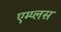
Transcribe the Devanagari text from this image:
एम्प्लस